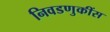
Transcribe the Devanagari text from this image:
निवडणुकींस